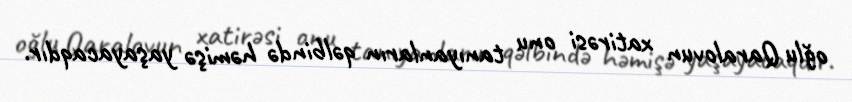
oğlu Qaralovun xatirəsi onu tanıyanların qəlbində həmişə yaşayacaqdır.